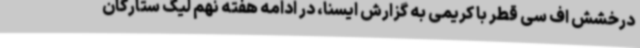
درخشش اف سی قطر با کریمی به گزارش ایسنا، در ادامه هفته نهم لیگ ستارگان